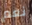
نعم